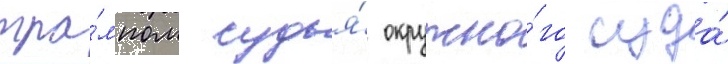
тра́мпом судья́ окружно́го суда́